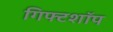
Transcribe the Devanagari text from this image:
गिफ्टशॉप